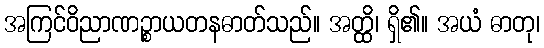
အကြင်ဝိညာဏဉ္စာယတနဓာတ်သည်။ အတ္ထိ၊ ရှိ၏။ အယံ ဓာတု၊